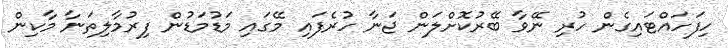
ހިފަހައްޓައިގެން ހުރި ނޭވާ ބޭރުކޮށްލަން ޖަނާ ހުރެފައި މޭގައި މަޑުމަޑުން ފިރުމާލިތަނާ މާކިން